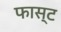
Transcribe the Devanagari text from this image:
फास्‍ट